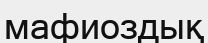
мафиоздық